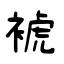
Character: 裭